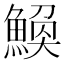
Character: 𫙪